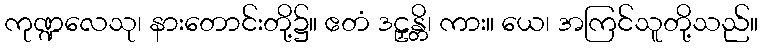
ကုဏ္ဍလေသု၊ နားတောင်းတို့၌။ ဧတံ ဒဠှန္တိ၊ ကား။ ယေ၊ အကြင်သူတို့သည်။